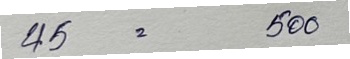
45 = 500